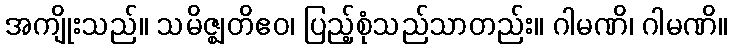
အကျိုးသည်။ သမိဇ္ဈတိဧဝ၊ ပြည့်စုံသည်သာတည်း။ ဂါမဏိ၊ ဂါမဏိ။